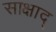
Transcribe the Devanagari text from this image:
साक्षाद्